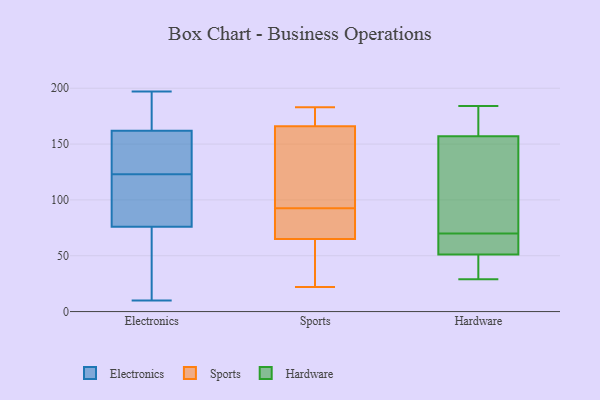
{"axis": {"x": "Satisfaction Score", "y": "Value"}, "legend": ["Electronics", "Hardware", "Sports"], "data": [{"x": "", "y": 162, "type": "Electronics"}, {"x": "", "y": 138, "type": "Electronics"}, {"x": "", "y": 191, "type": "Electronics"}, {"x": "", "y": 99, "type": "Electronics"}, {"x": "", "y": 122, "type": "Electronics"}, {"x": "", "y": 197, "type": "Electronics"}, {"x": "", "y": 162, "type": "Electronics"}, {"x": "", "y": 58, "type": "Electronics"}, {"x": "", "y": 124, "type": "Electronics"}, {"x": "", "y": 10, "type": "Electronics"}, {"x": "", "y": 72, "type": "Electronics"}, {"x": "", "y": 80, "type": "Electronics"}, {"x": "", "y": 91, "type": "Sports"}, {"x": "", "y": 65, "type": "Sports"}, {"x": "", "y": 115, "type": "Sports"}, {"x": "", "y": 46, "type": "Sports"}, {"x": "", "y": 183, "type": "Sports"}, {"x": "", "y": 36, "type": "Sports"}, {"x": "", "y": 65, "type": "Sports"}, {"x": "", "y": 90, "type": "Sports"}, {"x": "", "y": 101, "type": "Sports"}, {"x": "", "y": 82, "type": "Sports"}, {"x": "", "y": 84, "type": "Sports"}, {"x": "", "y": 182, "type": "Sports"}, {"x": "", "y": 120, "type": "Sports"}, {"x": "", "y": 170, "type": "Sports"}, {"x": "", "y": 173, "type": "Sports"}, {"x": "", "y": 94, "type": "Sports"}, {"x": "", "y": 166, "type": "Sports"}, {"x": "", "y": 22, "type": "Sports"}, {"x": "", "y": 29, "type": "Hardware"}, {"x": "", "y": 184, "type": "Hardware"}, {"x": "", "y": 68, "type": "Hardware"}, {"x": "", "y": 107, "type": "Hardware"}, {"x": "", "y": 32, "type": "Hardware"}, {"x": "", "y": 51, "type": "Hardware"}, {"x": "", "y": 72, "type": "Hardware"}, {"x": "", "y": 157, "type": "Hardware"}, {"x": "", "y": 67, "type": "Hardware"}, {"x": "", "y": 173, "type": "Hardware"}]}